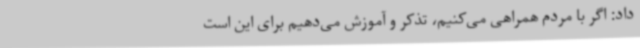
داد: اگر با مردم همراهی می‌کنیم، تذکر و آموزش می‌دهیم برای این است